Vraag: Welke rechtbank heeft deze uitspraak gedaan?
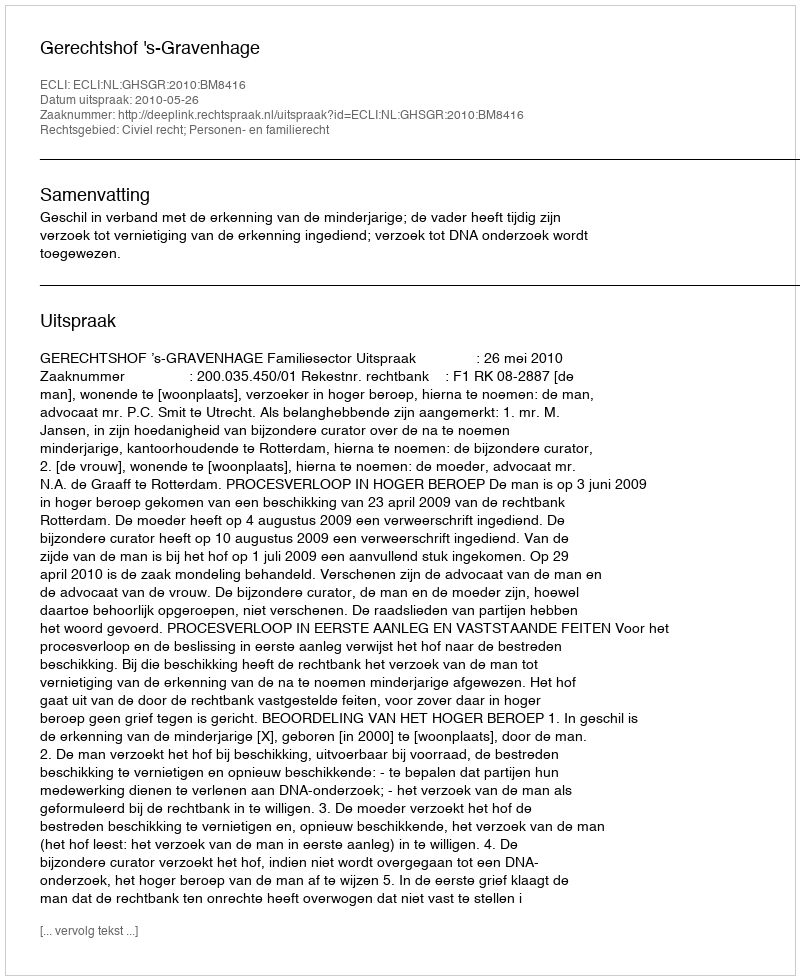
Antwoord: Gerechtshof 's-Gravenhage